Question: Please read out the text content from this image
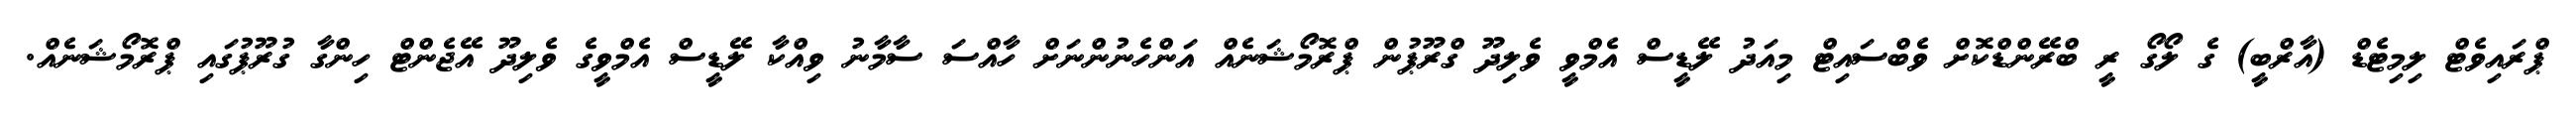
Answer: ޕްރައިވެޓް ލިމިޓެޑް (އާރްބީ) ގެ ލޯގޯ ރީ ބްރޭންޑްކޮށް ވެބްސައިޓް މިއަދު ލޭޑީސް އެމްވީ ވެލިދޫ ގްރޫޕުން ޕްރޮމޯޝަނެއް އަންހެނުންނަށް ހާއްސަ ސާމާނު ވިއްކާ ލޭޑީސް އެމްވީގެ ވެލިދޫ އޭޖެންޓް ހިންގާ ގުރޫޕުގައި ޕްރޮމޯޝަނެއް.